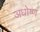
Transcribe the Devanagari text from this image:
अधोष्ण